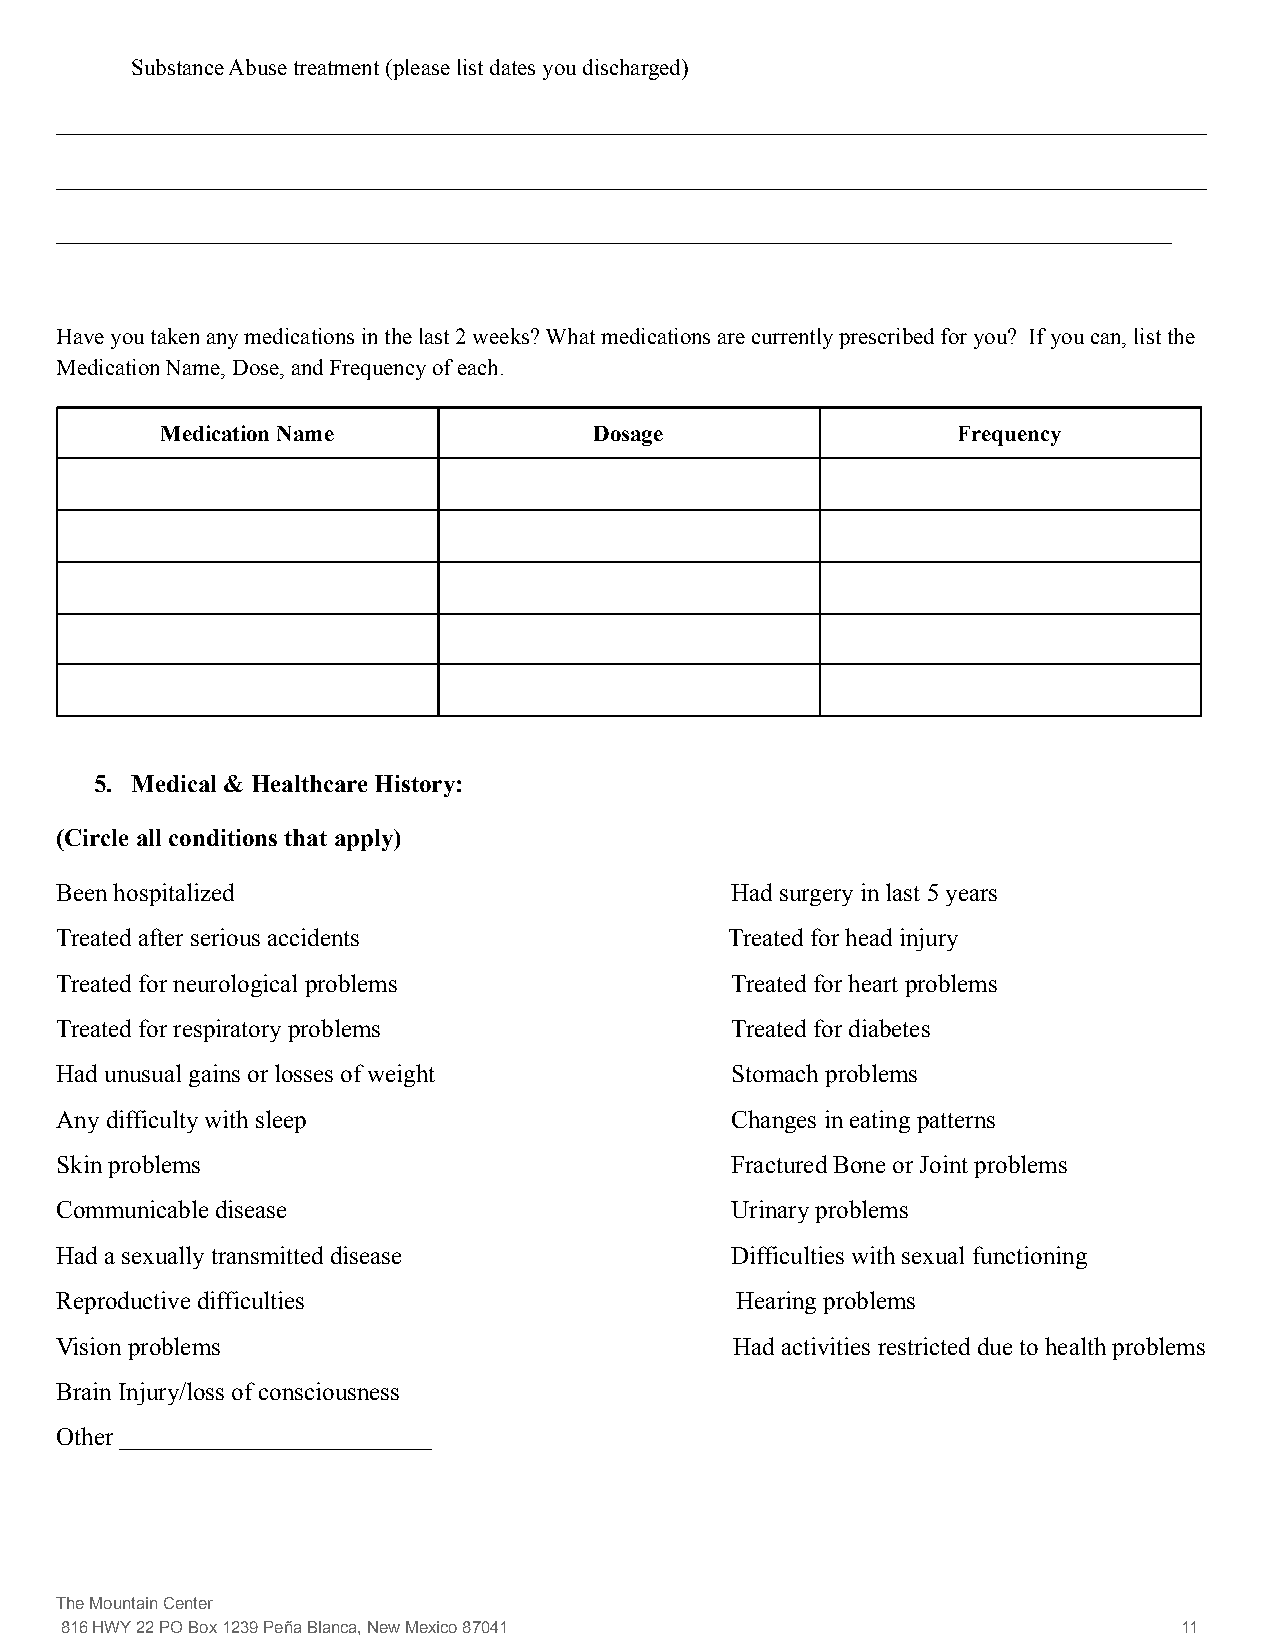
Substance Abuse treatment (please list dates you discharged)
 ____________________________________________________________________________________________________
 ____________________________________________________________________________________________________
 _________________________________________________________________________________________________
 Have you taken any medications in the last 2 weeks? What medications are currently prescribed for you? If you can, list the
 Medication Name, Dose, and Frequency of each.
 Medication Name             Dosage                  Frequency
 5. Medical & Healthcare History:
 (Circle all conditions that apply)
 Been hospitalized                           Had surgery in last 5 years
 Treated after serious accidents             Treated for head injury
 Treated for neurological problems           Treated for heart problems
 Treated for respiratory problems            Treated for diabetes
 Had unusual gains or losses of weight       Stomach problems
 Any difficulty with sleep                   Changes in eating patterns
 Skin problems                               Fractured Bone or Joint problems
 Communicable disease                        Urinary problems
 Had a sexually transmitted disease          Difficulties with sexual functioning
 Reproductive difficulties                    Hearing problems
 Vision problems                              Had activities restricted due to health problems
 Brain Injury/loss of consciousness
 Other _________________________
 The Mountain Center
 816 HWY 22 PO Box 1239 Peña Blanca, New Mexico 87041                      11